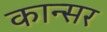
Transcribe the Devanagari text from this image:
कान्सर